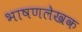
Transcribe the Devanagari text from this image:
भाषणलेखक